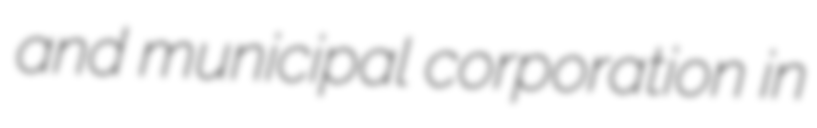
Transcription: and municipal corporation in